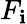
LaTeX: F_{\mathbf{i}}